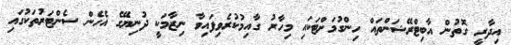
އިދާރީ ގޮތުން އާބިޓްރޭޝަންތައް ހިންގުމަށްޓަކައި މިހާރު ގާއިމުކުރެވިފައިވާ ނިޒާމަކީ ދުނިޔޭގެ އެހެން ސެންޓަރުތަކުގައި